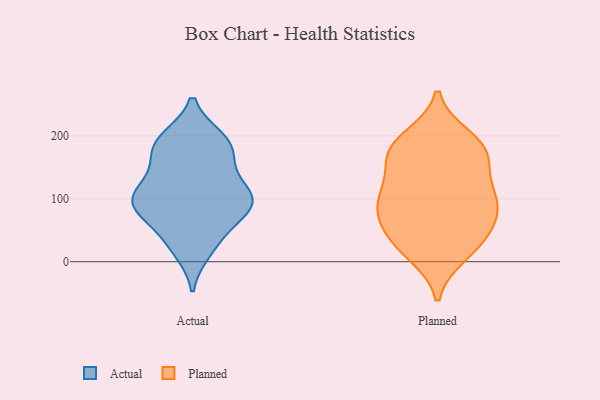
{"axis": {"x": "Tickets Resolved", "y": "Value"}, "legend": ["Actual", "Planned"], "data": [{"x": "", "y": 74, "type": "Actual"}, {"x": "", "y": 109, "type": "Actual"}, {"x": "", "y": 26, "type": "Actual"}, {"x": "", "y": 175, "type": "Actual"}, {"x": "", "y": 110, "type": "Actual"}, {"x": "", "y": 195, "type": "Actual"}, {"x": "", "y": 90, "type": "Actual"}, {"x": "", "y": 122, "type": "Actual"}, {"x": "", "y": 75, "type": "Actual"}, {"x": "", "y": 89, "type": "Actual"}, {"x": "", "y": 18, "type": "Actual"}, {"x": "", "y": 96, "type": "Actual"}, {"x": "", "y": 140, "type": "Actual"}, {"x": "", "y": 195, "type": "Actual"}, {"x": "", "y": 179, "type": "Actual"}, {"x": "", "y": 193, "type": "Actual"}, {"x": "", "y": 90, "type": "Actual"}, {"x": "", "y": 38, "type": "Actual"}, {"x": "", "y": 168, "type": "Actual"}, {"x": "", "y": 101, "type": "Actual"}, {"x": "", "y": 185, "type": "Planned"}, {"x": "", "y": 115, "type": "Planned"}, {"x": "", "y": 197, "type": "Planned"}, {"x": "", "y": 152, "type": "Planned"}, {"x": "", "y": 82, "type": "Planned"}, {"x": "", "y": 12, "type": "Planned"}, {"x": "", "y": 35, "type": "Planned"}, {"x": "", "y": 37, "type": "Planned"}, {"x": "", "y": 102, "type": "Planned"}, {"x": "", "y": 22, "type": "Planned"}, {"x": "", "y": 172, "type": "Planned"}, {"x": "", "y": 108, "type": "Planned"}, {"x": "", "y": 173, "type": "Planned"}, {"x": "", "y": 179, "type": "Planned"}, {"x": "", "y": 70, "type": "Planned"}, {"x": "", "y": 95, "type": "Planned"}, {"x": "", "y": 70, "type": "Planned"}]}